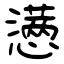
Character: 懑